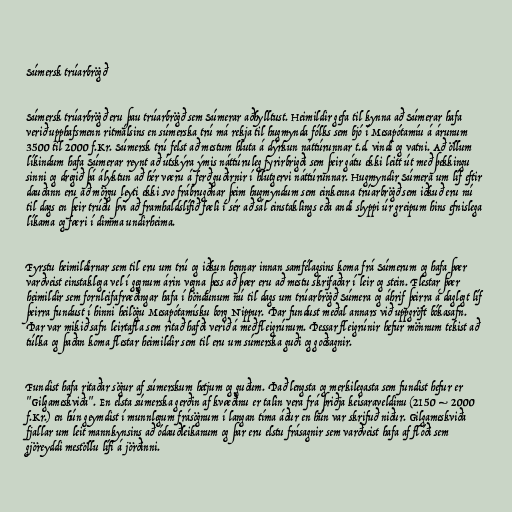
Súmersk trúarbrögð

Súmersk trúarbrögð eru þau trúarbrögð sem Súmerar aðhylltust. Heimildir gefa til kynna að Súmerar hafa
verið upphafsmenn ritmálsins en súmerska trú má rekja til hugmynda fólks sem bjó í Mesapótamíu á árunum
3500 til 2000 f.Kr. Súmersk trú felst að mestum hluta á dýrkun náttúrunnar t.d. vindi og vatni. Að öllum
líkindum hafa Súmerar reynt að útskýra ýmis náttúruleg fyrirbrigði sem þeir gátu ekki leitt út með þekkingu
sinni og dregið þá ályktun að hér væru á ferð guðirnir í hlutgervi náttúrunnar. Hugmyndir Súmera um líf eftir
dauðann eru að mörgu leyti ekki svo frábrugðnar þeim hugmyndum sem einkenna trúarbrögð sem iðkuð eru nú
til dags en þeir trúðu því að framhaldslífið fæli í sér að sál einstaklings eða andi slyppi úr greipum hins efnislega
líkama og færi í dimma undirheima.

Fyrstu heimildirnar sem til eru um trú og iðkun hennar innan samfélagsins koma frá Súmerum og hafa þær
varðveist einstaklega vel í gegnum árin vegna þess að þær eru að mestu skrifaðar í leir og stein. Flestar þær
heimildir sem fornleifafræðingar hafa í höndunum nú til dags um trúarbrögð Súmera og áhrif þeirra á daglegt líf
þeirra fundust í hinni heilögu Mesapótamísku borg Nippur. Þar fundust meðal annars við uppgröft bókasafn.
Þar var mikið safn leirtafla sem ritað hafði verið á með fleigrúnum. Þessar fleigrúnir hefur mönnum tekist að
túlka og þaðan koma flestar heimildir sem til eru um súmerska guði og goðsagnir.

Fundist hafa ritaðar sögur af súmerskum hetjum og guðum. Það lengsta og merkilegasta sem fundist hefur er
"Gilgameskviða". En elsta súmerska gerðin af kvæðinu er talin vera frá þriðja keisaraveldinu (2150 – 2000
f.Kr.) en hún geymdist í munnlegum frásögnum í langan tíma áður en hún var skrifuð niður. Gilgameskviða
fjallar um leit mannkynsins að ódauðleikanum og þar eru elstu frásagnir sem varðveist hafa af flóði sem
gjöreyddi mestöllu lífi á jörðinni.